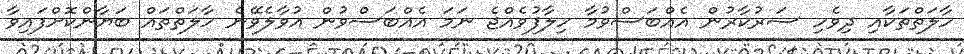
ހާލަތްތަކާއި ދިވެހި ސަރުކާރުން އެއްބަސްވުމާ ހިލާފުވެއްޖެ ނަމަ އެއްބަސްވުން އުވާލެވޭނެ ހާލަތްތައް ބަޔާންކޮށްފައިވާ